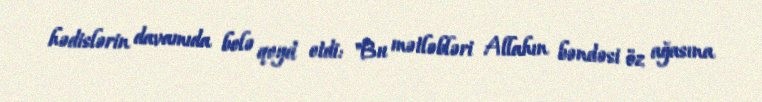
hədislərin davamıda belə qeyd etdi: "Bu mətləbləri Allahın bəndəsi öz ağasına